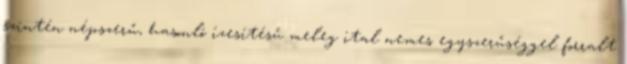
szintén népszerű, hasonló ízesítésű meleg ital nemes egyszerűséggel forralt